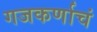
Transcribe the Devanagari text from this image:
गजकर्णाचं